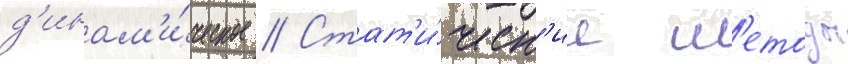
д'инам'и́ческое // Стат'и́ческ'ие м'етоды